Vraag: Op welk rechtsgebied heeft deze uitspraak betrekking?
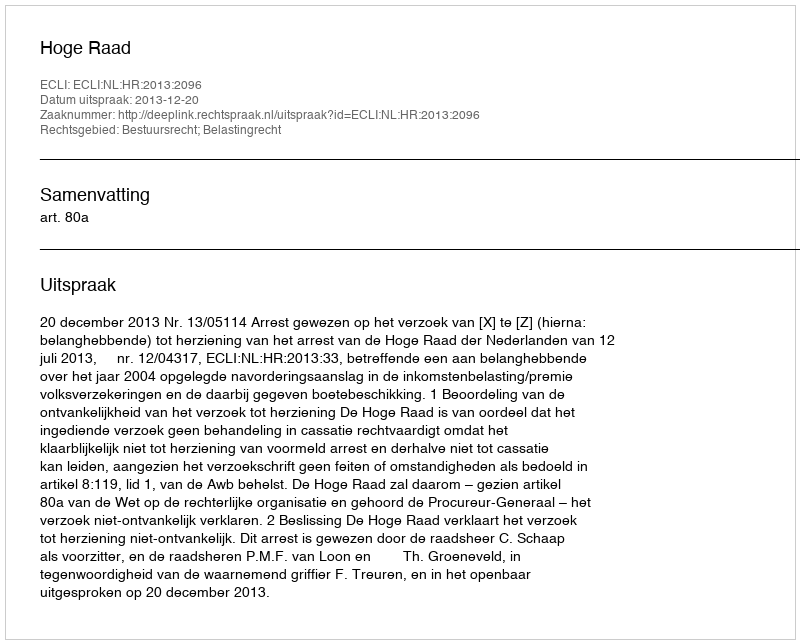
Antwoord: Bestuursrecht; Belastingrecht